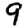
Digit: 9